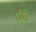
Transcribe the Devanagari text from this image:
धीरे।